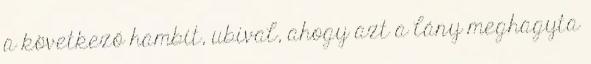
a következő hambit, ubival, ahogy azt a lány meghagyta